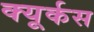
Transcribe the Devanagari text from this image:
क्यूर्कस